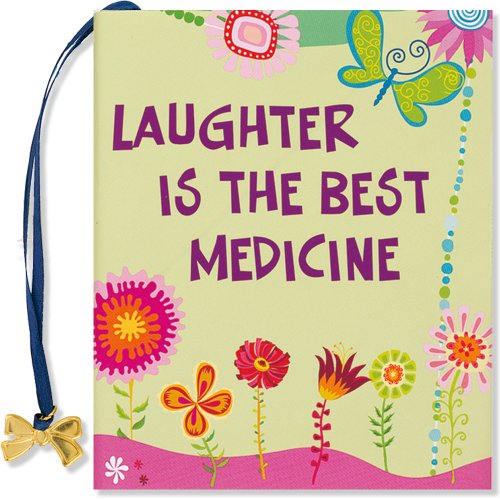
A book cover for Laughter Is the Best Medicine (Mini Book) (Charming Petite); Evelyn Beilenson; Humor & Entertainment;